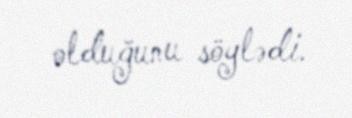
olduğunu söylədi.